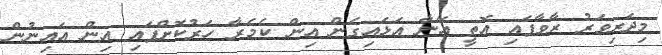
މިދަރިވަރު ރާވާފައި އޮތީ އޭނާ އަޅައިގެން އިން ކެމެރާ ހަރުކޮށްފައި އިން އައިނުން